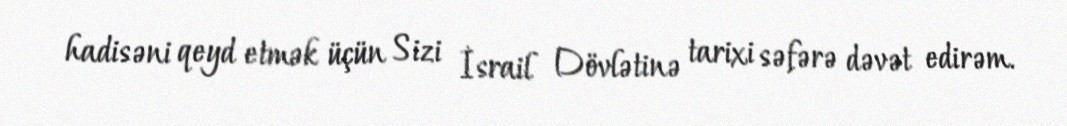
hadisəni qeyd etmək üçün Sizi İsrail Dövlətinə tarixi səfərə dəvət edirəm.